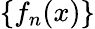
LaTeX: \{ f_{n}(x)\}